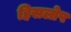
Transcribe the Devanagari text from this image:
हिसलोप